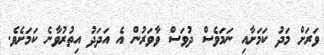
ވަރަށް މަދު ކަމަށާއި ނަމަވެސް ދުވަސް ވާވަރުން އެ އަދަދު އިތުރުވާނެ ކަމަށެވެ.